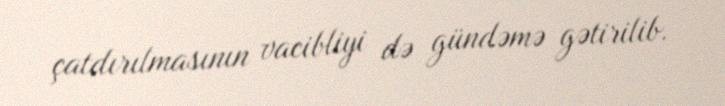
çatdırılmasının vacibliyi də gündəmə gətirilib.